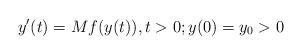
LaTeX: \begin{align*} y'(t)=Mf(y(t)), t>0; y(0)=y_0>0\end{align*}